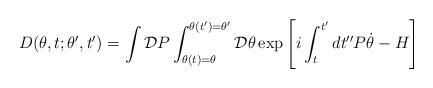
\begin{align*}D(\theta,t;\theta',t')=\int{\cal D}P\int_{\theta(t)=\theta}^{\theta(t')=\theta'} {\cal D}\theta\exp\left[i\int_{t}^{t'}dt'' P\dot{\theta}-H\right]\end{align*}